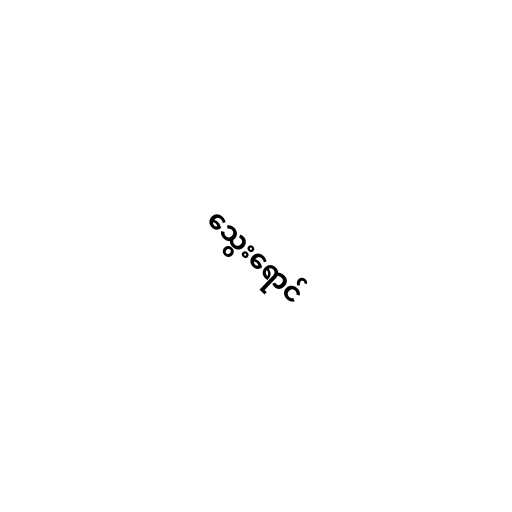
သွေးရောင်